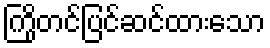
ကြိုတင်ပြင်ဆင်ထားသော